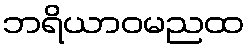
ဘရိယာဝမညထ